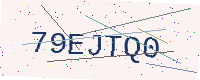
Text: 79EJTQ0